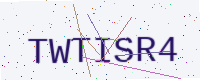
Text: TWTISR4